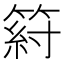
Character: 䈙